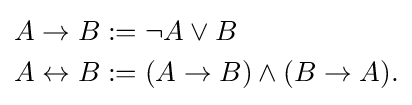
{\begin{aligned}A\to B&:=\neg A\lor B\\A\leftrightarrow B&:=(A\to B)\land (B\to A).\end{aligned}}